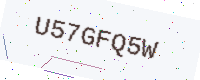
Text: U57GFQ5W